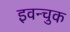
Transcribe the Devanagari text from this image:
इवन्चुक